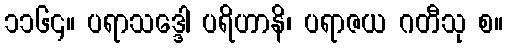
၁၁၆၄။ ပရာသဒ္ဒေါ ပရိဟာနိ၊ ပရာဇယ ဂတီသု စ။